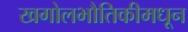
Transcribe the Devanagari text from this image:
खगोलभौतिकीमधून